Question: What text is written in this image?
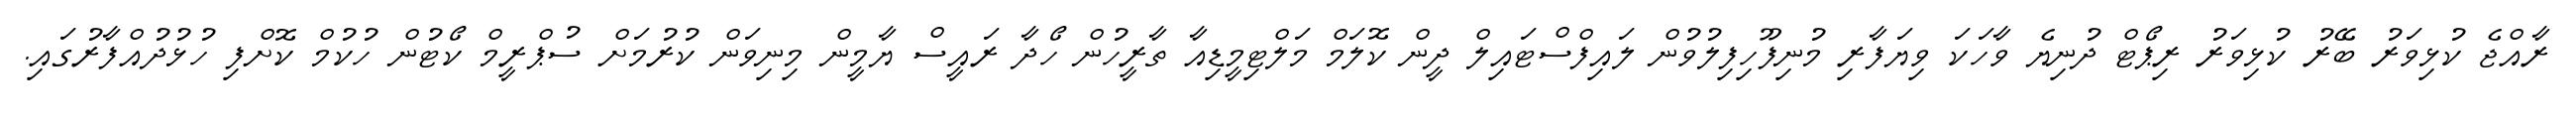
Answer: ރާއްޖެ ކުޅިވަރު ބޭރު ކުޅިވަރު ރިޕޯޓް ދުނިޔެ ވާހަކަ ވިޔަފާރި މުނިފޫހިފިލުވުން ލައިފްސްޓައިލް ދީން ކޮލަމް މަލްޓިމީޑިއާ ތާރީހުން ހޯދާ ރައީސް ޔާމީން މިނިވަން ކުރުމަށް ސުޕްރީމް ކޯޓުން ހުކުމް ކޮށްފި ހުޅުދުއްފާރުގައި.